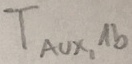
Text: TAUX,1b